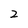
Character: 2